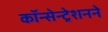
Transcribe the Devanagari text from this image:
कॉन्सेन्ट्रेशनने